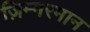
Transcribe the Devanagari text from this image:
ज़िम्मरमान